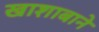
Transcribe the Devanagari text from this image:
खाशाबाने